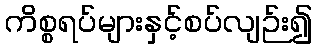
ကိစ္စရပ်များနှင့်စပ်လျဉ်း၍